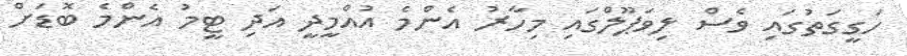
ހަގީގަތުގައި ވެސް ލިވަޕޫލްގައި މިހާރު އެންމެ އުއްމީދީ އަދި ޓީމު އެންމެ ބޮޑަށް